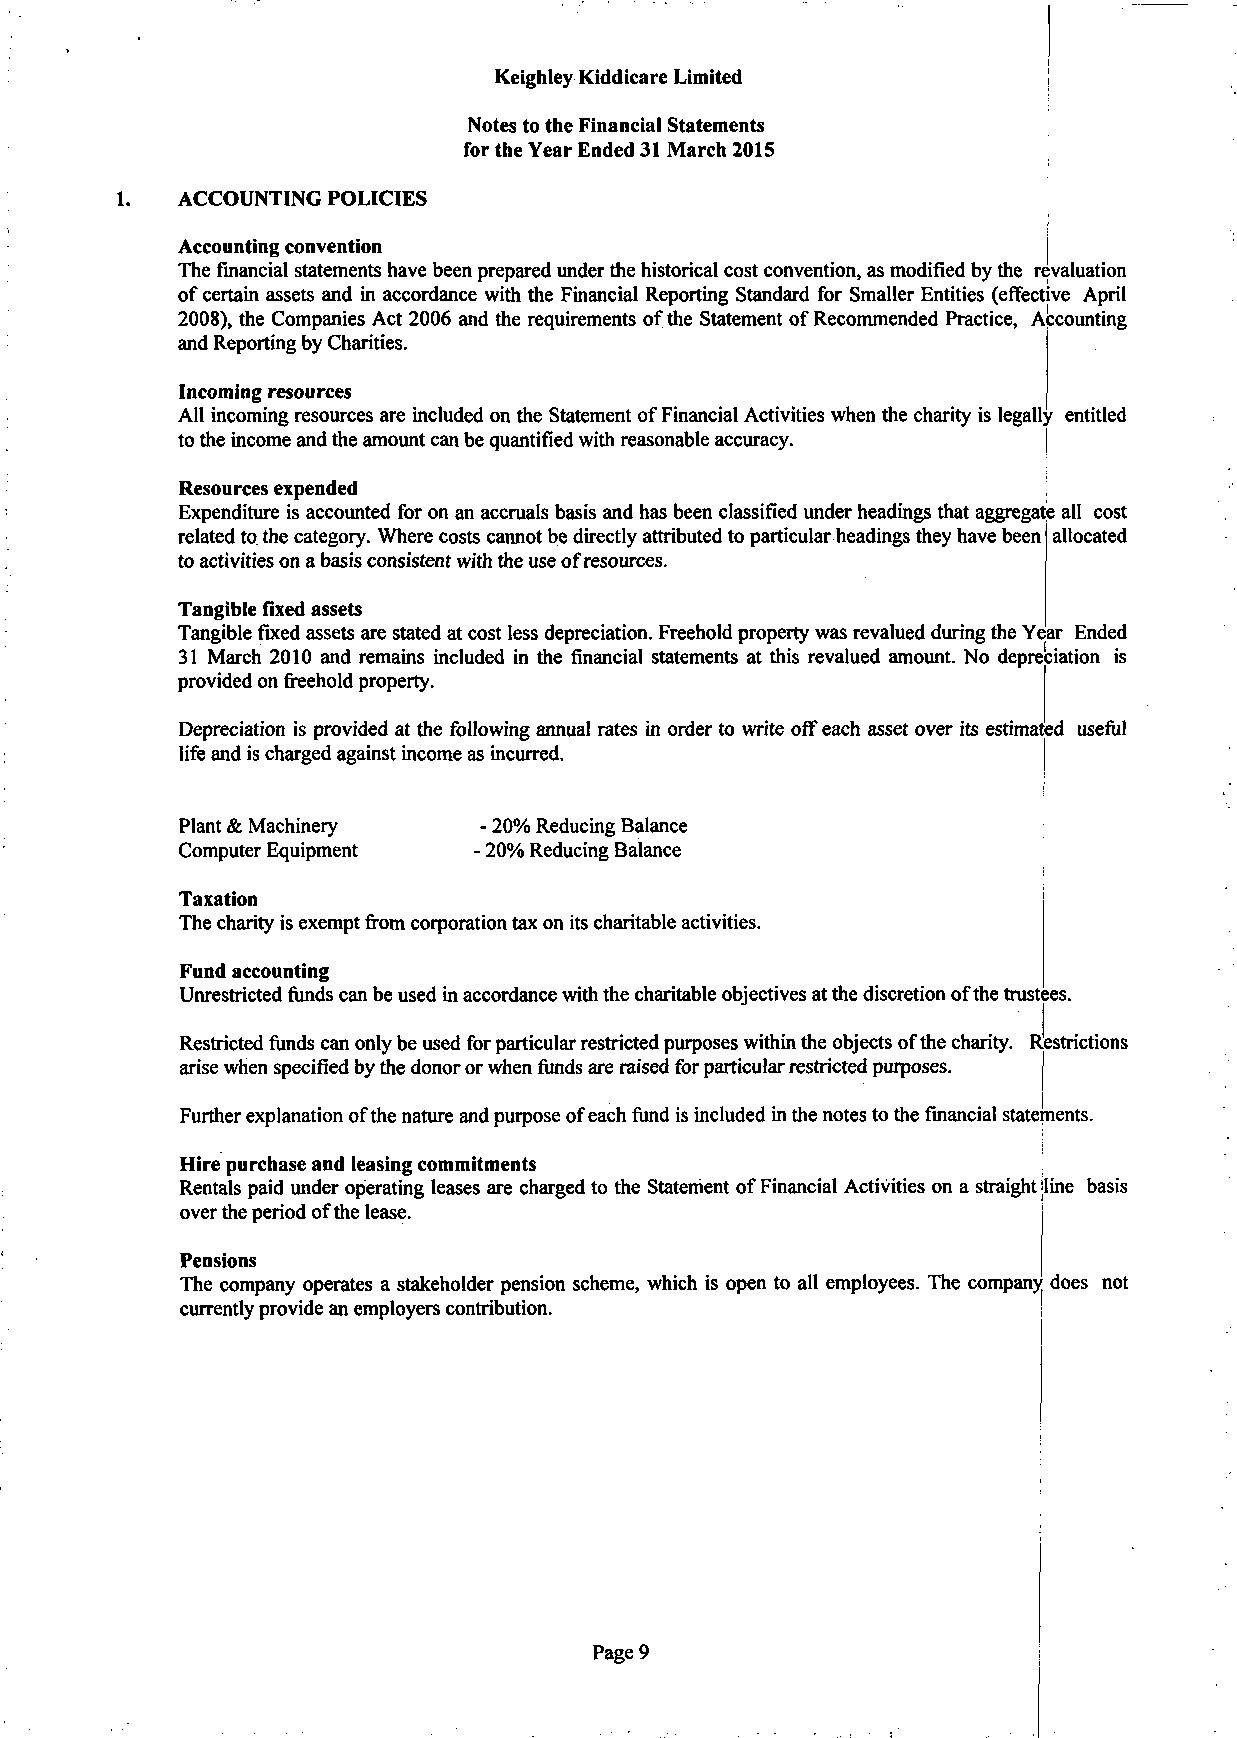
Keighley Kiddicare Limited
 Notes to the Financial Statements
 for the Year Ended 31 March 2015
 ACCOUNTING POLICIES
 Accounting convention                                    j
 The financial statements have been prepared under the historical cost convention, as modified by the revaluation
 of certain assets and in accordance with the Financial Reporting Standard for Smaller Entities (effective April
 2008), the Companies Act 2006 and the requirements of the Statement of Recommended Practice, Accounting
 and Reporting by Charities.
 Incoming resources
 All incoming resources are included on the Statement of Financial Activities when the charity is legally entitled
 to the income and the amount can be quantified with reasonable accuracy.
 Resources expended
 Expenditure is accounted for on an accruals basis and has been classified under headings that aggregate all cost
 related to the category. Where costs cannot be directly attributed to particular headings they have been allocated
 to activities on a basis consistent with the use of resources.
 Tangible fixed assets
 Tangible fixeda ssets are stated at cost less depreciation. Freehold property was revalued during the Year Ended
 31 March 2010 and remains included in the financial statements at this revalued amount. No depreciation is
 provided on freehold property.
 Depreciation is provided at the following annual rates in order to write off each asset over its estimated useful
 life and is charged against income as incurred.
 Plant & Machinery   - 20% Reducing Balance
 Computer Equipment  20% Reducing Balance
 Taxation
 The charity is exempt from corporation tax on its charitable activities.
 Fund accounting
 Unrestricted funds can be used in accordance with the charitable objectives at the discretion of the trustees.
 Restricted funds can only be used for particular restricted purposes within the objects of the charity. Restrictions
 arise when specified by the donor or when funds are raised for particular restricted purposes.
 Further explanation of the nature and purpose of each fund is included in the notes to the financial statements.
 Hire purchase and leasing commitments
 Rentals paid under operating leases are charged to the Statement of Financial Activities on a straight jline basis
 over the period of the lease.
 Pensions
 The company operates a stakeholder pension scheme, which is open to all employees. The company does not
 currently provide an employers contribution.
 Page 9